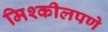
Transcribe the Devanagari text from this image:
मिश्कीलपणे